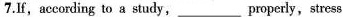
7. If, according to a study,___properly,stress